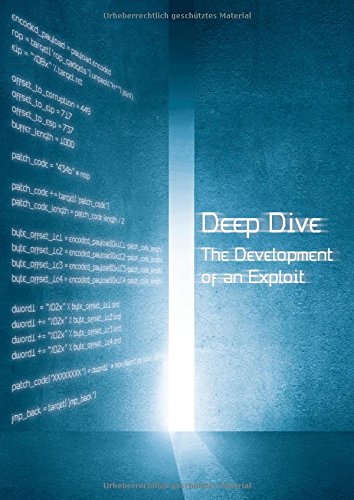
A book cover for Deep Dive: The Development of an Exploit (Win32); Manu Carus; Computers & Technology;